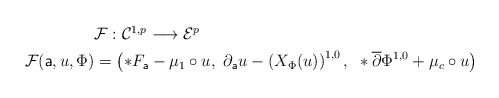
\begin{align*} \begin{aligned} & \mathcal{F}:\mathcal{C}^{1,p} \longrightarrow \mathcal{E}^{p} \\ \mathcal{F}(\mathsf{a}, u, \Phi) &= \left(*F_{\mathsf{a}} - \mu_{1}\circ u, ~ \partial_{\mathsf{a}}u - \left(X_{\Phi}(u)\right)^{1,0},~ \ast\overline{\partial} \Phi^{1,0} + \mu_{c} \circ u \right) \end{aligned}\end{align*}